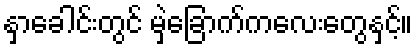
နှာခေါင်းတွင် မှဲ့ခြောက်ကလေးတွေနှင့်။